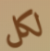
لكل